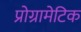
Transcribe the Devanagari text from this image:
प्रोग्रामेटिक